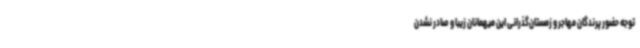
توجه حضور پرندگان مهاجر و زمستان‌گذرانی این میهمانان زیبا و صادر نشدن